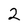
Character: 2